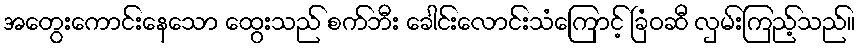
အတွေးကောင်းနေသော ထွေးသည် စက်ဘီး ခေါင်းလောင်းသံကြောင့် ခြံဝဆီ လှမ်းကြည့်သည်။